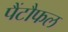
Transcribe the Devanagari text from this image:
पैंटौफल